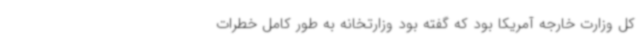
کل وزارت خارجه آمریکا بود که گفته بود وزارتخانه به طور کامل خطرات